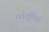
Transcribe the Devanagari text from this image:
मर्कक्वीस